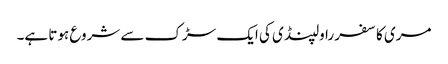
مری کا سفر راولپنڈی کی ایک سڑک سے شروع ہوتا ہے۔